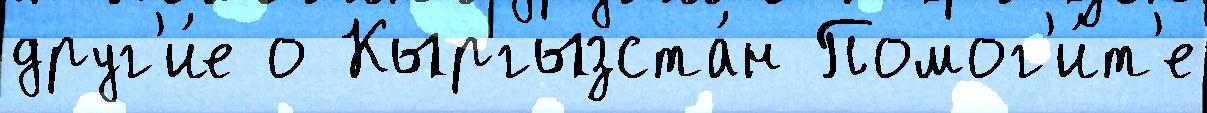
друг'и́е о Кыргызста́н Помог'и́т'е